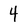
Character: 4